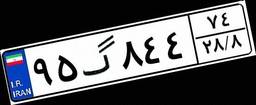
۹۵گ۸۴۴۷۴